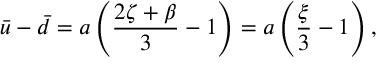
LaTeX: \bar { u } - \bar { d } = a \left( \frac { 2 \zeta + \beta } { 3 } - 1 \right) = a \left( \frac { \xi } { 3 } - 1 \right) ,